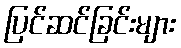
ပြင်ဆင်ခြင်းများ